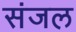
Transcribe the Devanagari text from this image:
संजल